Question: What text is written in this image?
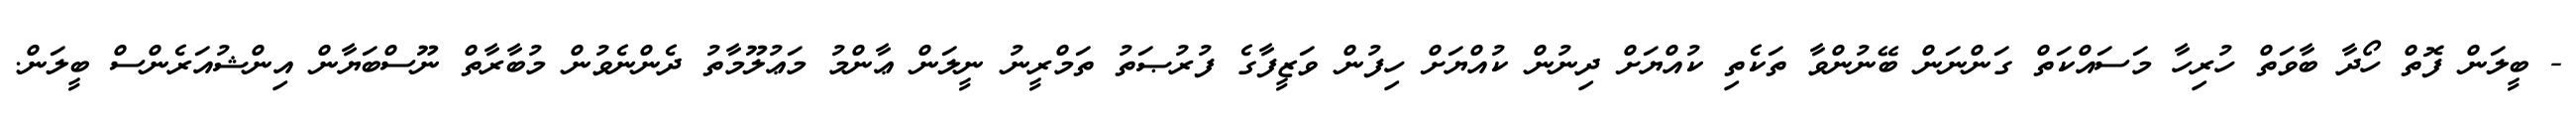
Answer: - ބީލަން ފޮތް ހޯދާ ބާވަތް ހުރިހާ މަސައްކަތް ގަންނަން ބޭނުންވާ ތަކެތި ކުއްޔަށް ދިނުން ކުއްޔަށް ހިފުން ވަޒީފާގެ ފުރުޞަތު ތަމްރީނު ނީލަން ޢާންމު މަޢުލޫމާތު ދެންނެވުން މުބާރާތް ނޫސްބަޔާން އިންޝުއަރެންސް ބީލަން.